Report of the Municipal Commissioner on the plague in Bombay for the year ending 31st May... - Volume 2
Disease focus: Plague
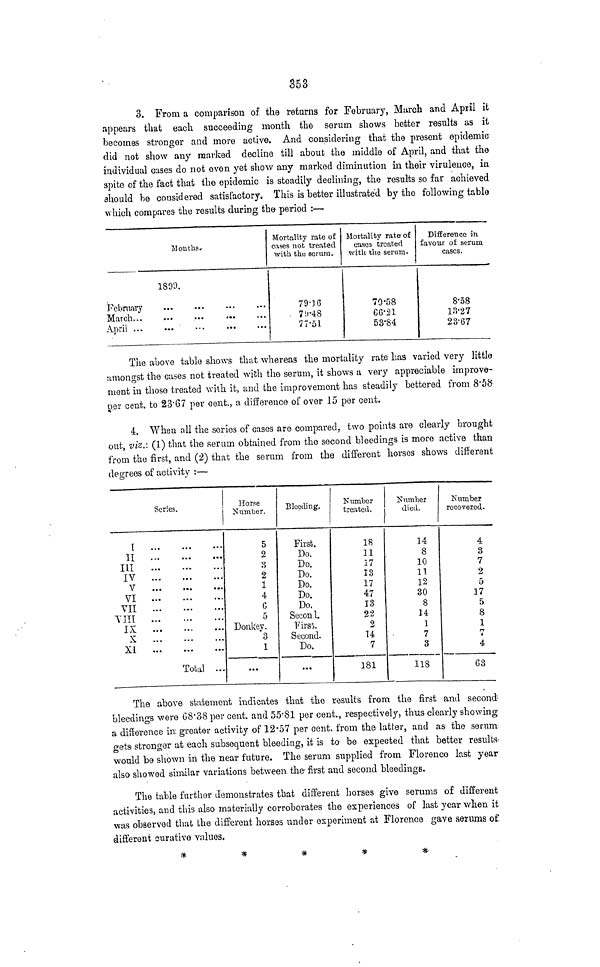
353
3. From a comparison of the returns for February, March and April it
appears that each succeeding month the serum shows better results as it
becomes stronger and more active. And considering that the present epidemic
did not show any marked decline till about the middle of April, and that the
individual cases do not even yet show any marked diminution in their virulence, in
spite of the fact that the epidemic is steadily declining, the results so far achieved
should be considered satisfactory. This is better illustrated by the following table
which compares the results during, the period :—
Months.
1899.
February
March
April
Mortality rate of
cases not treated
with the serum.
79.16
79.48
77.51
Mortality rate of
cases treated
with the serum.
70.58
66.21
53.84
Difference in
favour of serum
cases.
8.58
13.27
23.67
The above table shows that whereas the mortality rate has varied very little
amongst the cases not treated with the serum, it shows a very appreciable improve-
ment in those treated with it, and the improvement has steadily bettered from 8.58
per cent. to 23.67 per cent., a difference of over 15 per cent.
4. When all the series of cases are compared, two points are clearly brought
out, viz.: (1) that the serum obtained from the second bleedings is more active than
from the first, and (2) that the serum from the different horses shows different
degrees of activity :—
Series.
I
II
III
IV
V
VI
VII
VIII
IX
X
XI
Total ...
Horse
Number.
5
2
2
1
4
C
5
Donkey.
3
1
...
Bleeding.
First.
Do.
Do.
Do.
Do.
Do.
Do.
Second.
First).
Second.
Do.
...
Number
treated.
18
11
17
13
17
47
13
22
2
14
7
181
Number
died.
14
8
10
11
12
30
8
14
1
7
3
118
Number
recovered.
4
3
7
2
5
17
5
8
1
7
4
63
The above statement indicates that the results from the first and second
bleedings were 68.38 per cent. and 50.81 per cent., respectively, thus clearly showing
a difference in greater activity of 12.57 per cent. from the latter, and as the serum
gets stronger at each subsequent bleeding, it is to be expected that better results-
would be shown in the near future. The serum supplied from Florence last year
also showed similar variations between the first and second bleedings.
The table further demonstrates that different horses give serums of different
activities, and this also materially corroborates the experiences of last year when it
was observed that the different horses under experiment at Florence gave serums of
different curative values.
*****